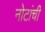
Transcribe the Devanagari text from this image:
नोटांची